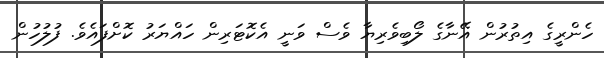
ހެންރީގެ އިތުރުން އޭނާގެ ލޯބިވެރިޔާ ވެސް ވަނީ އެކޮޓަރިން ހައްޔަރު ކޮށްފައެވެ. ފުލުހުން